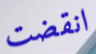
انقضت